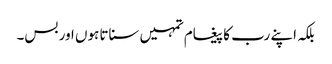
بلکہ اپنے رب کا پیغام تمہیں سناتا ہوں اور بس۔